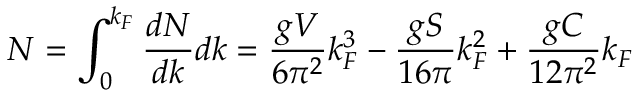
N = \int _ { 0 } ^ { k _ { F } } { \frac { d N } { d k } } d k = { \frac { g V } { 6 \pi ^ { 2 } } } k _ { F } ^ { 3 } - { \frac { g S } { 1 6 \pi } } k _ { F } ^ { 2 } + { \frac { g C } { 1 2 \pi ^ { 2 } } } k _ { F }